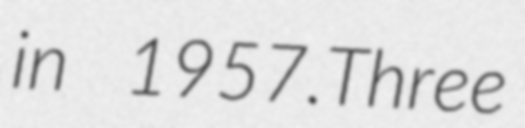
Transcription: in 1957.Three